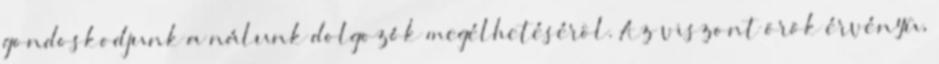
gondoskodjunk a nálunk dolgozók megélhetésérôl. Az viszont örök érvényû,